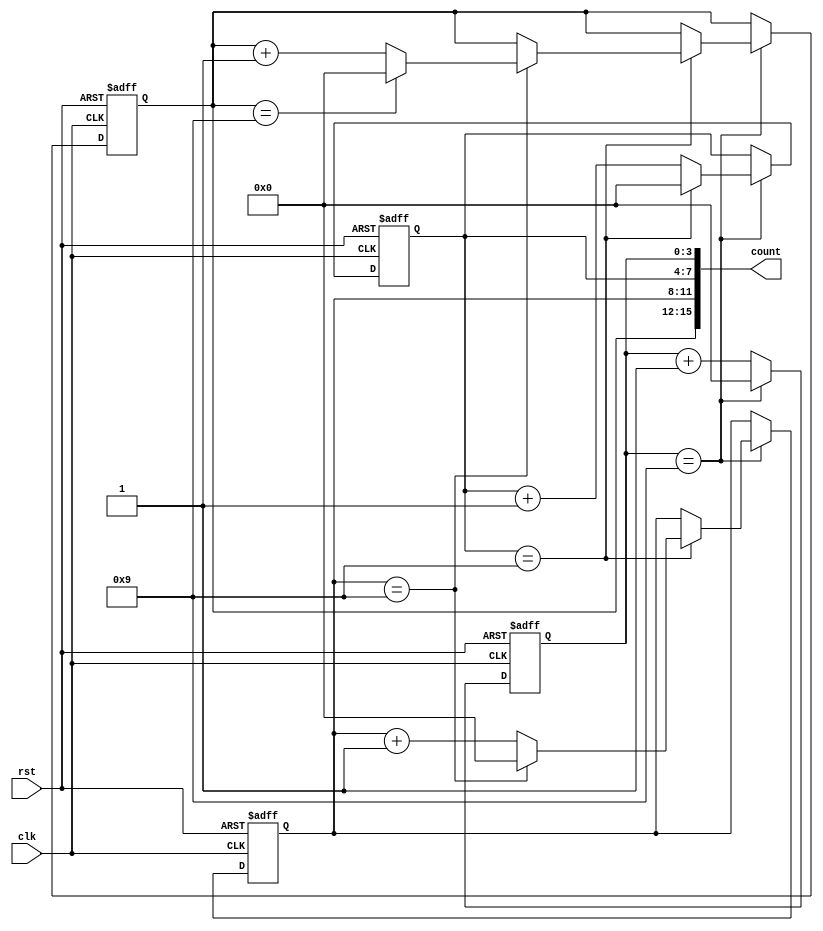
module counter (
    input wire clk,
    input wire rst,
    output reg [15:0] count
);

reg [3:0] counter1;
reg [3:0] counter2;
reg [3:0] counter3;
reg [3:0] counter4;

always @(posedge clk or posedge rst) begin
    if (rst) begin
        counter1 <= 4'b0000;
        counter2 <= 4'b0000;
        counter3 <= 4'b0000;
        counter4 <= 4'b0000;
    end else begin
        if (counter1 == 4'b1001) begin
            counter1 <= 4'b0000;
            if (counter2 == 4'b1001) begin
                counter2 <= 4'b0000;
                if (counter3 == 4'b1001) begin
                    counter3 <= 4'b0000;
                    if (counter4 == 4'b1001) begin
                        counter4 <= 4'b0000;
                    end else begin
                        counter4 <= counter4 + 1;
                    end
                end else begin
                    counter3 <= counter3 + 1;
                end
            end else begin
                counter2 <= counter2 + 1;
            end
        end else begin
            counter1 <= counter1 + 1;
        end
    end
end

assign count = {counter4, counter3, counter2, counter1};

endmodule